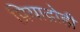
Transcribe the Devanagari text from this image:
प्रियाद्रोही